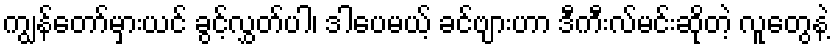
ကျွန်တော်မှားယင် ခွင့်လွှတ်ပါ၊ ဒါပေမယ့် ခင်ဗျားဟာ ဒီကီးလ်မင်းဆိုတဲ့ လူတွေနဲ့